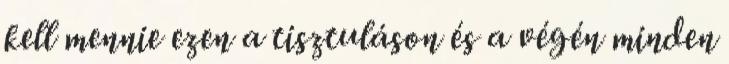
kell mennie ezen a tisztuláson és a végén minden